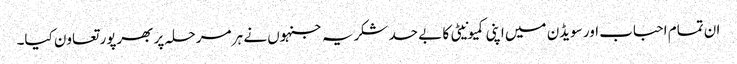
ان تمام احباب اور سویڈن میں اپنی کمیونیٹی کا بے حد شکریہ جنہوں نے ہر مرحلہ پر بھرپور تعاون کیا۔